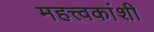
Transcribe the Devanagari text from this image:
महत्त्वकांशी